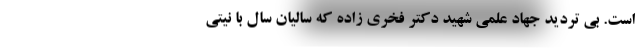
است. بی تردید جهاد علمی شهید دکتر فخری زاده که سالیان سال با نیتی